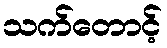
သက်တောင့်